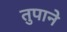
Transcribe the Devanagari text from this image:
तुपाने